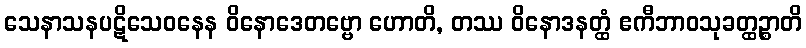
သေနာသနပဋိသေဝနေန ဝိနောဒေတဗ္ဗော ဟောတိ, တဿ ဝိနောဒနတ္ထံ ဧကီဘာဝသုခတ္ထဉ္စာတိ